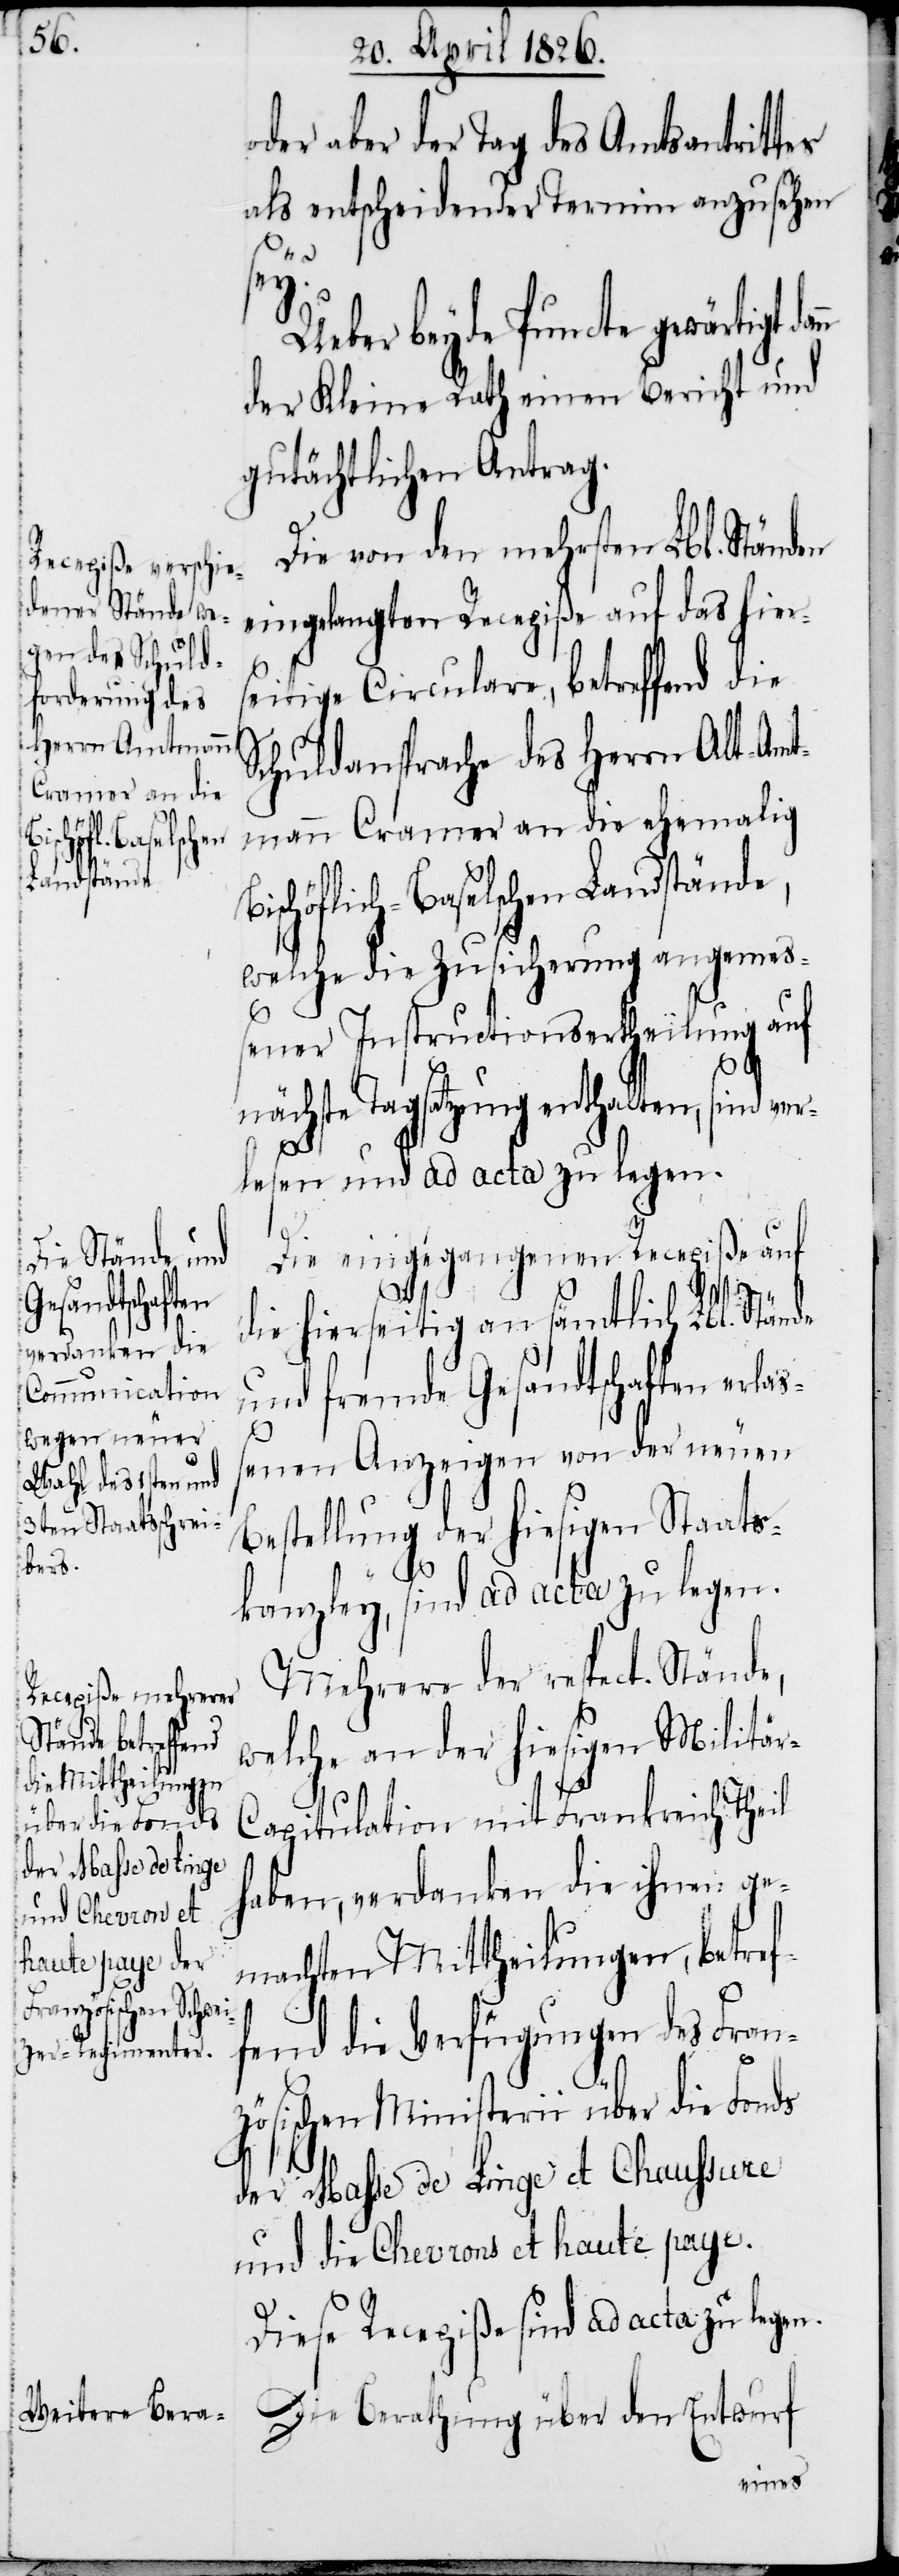
oder aber der Tag des Amtsantritter
als entscheidender Termin anzusehen
Ueber beyde Puncte gewärtigt
der Kleine Rath einen Bericht und
gutächtlichen Antrag.
Die von den mehrsten Lbl. Ständen
eingelangten Recepiße auf das hier¬
seitige Circulare, betreffend die
Schuldansprache des Herrn Alt-Amt¬
mann Cramer an die ehemalig
Bischöflich-Baselschen Landstände,
welche die Zusicherung angemeß¬
ener Instructionsertheilung auf
nächste Tagsatzung enthalten, sind ve¬
rlesen und ad acta zu legen.
Die eingegangenen Recepiße auf
die hierseitig an sämtlich Lbl. Stände
und fremde Gesandtschaften erlaß¬
enen Anzeigen von der neuen
Bestellung der hiesigen Staats¬
kanzley, sind ad acta zu legen.
Mehrere der respect. Stände
welche an der hiesigen Militä¬
r-Capitulation mit Frankreich Theil
haben, verdanken die ihnen ge¬
machten Mittheilungen, betref¬
fend die Verfügungen des Fran¬
zösischen Ministerii über die Fonds
der Masse de Linge et Chaussure
und die Chevrons et haute paye.
Diese Recepiße sind ad acta zu legen.
Die Berathung über den Entwurf